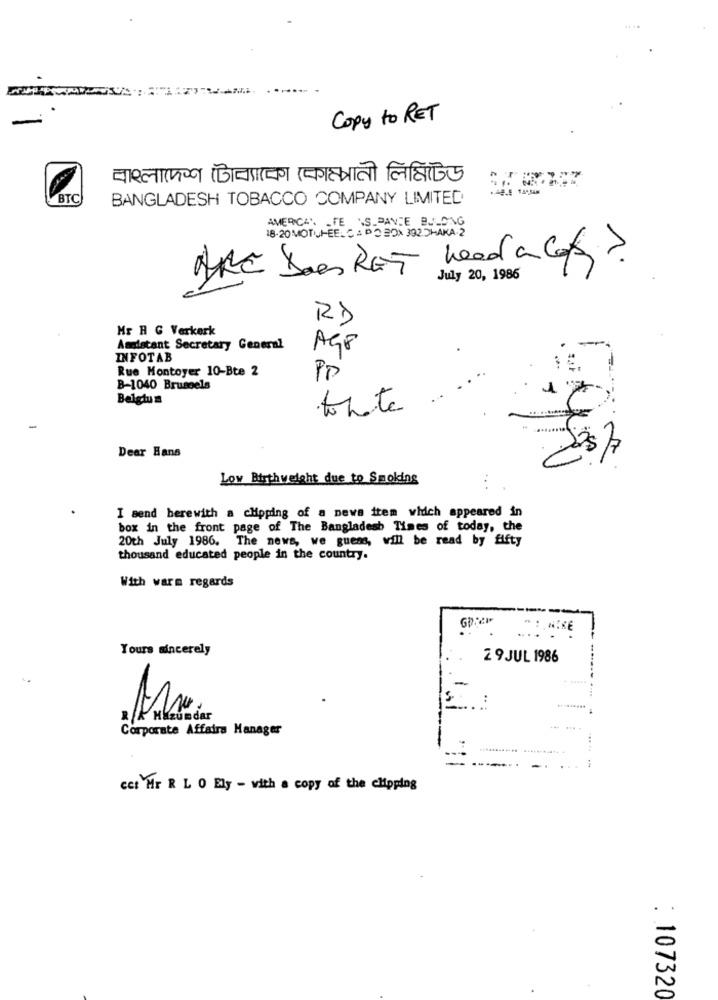
Copy to RET
बासलामन्न (जावारचण रक्कक्षवाली लिहिलेऊ
BTC
BANGLADESH TOBACCO COMPANY LIMITED
AMERICA: FE VS.PAVIE BULDING
18-20 MOTUFEELC = DO 20X 392.DHAKA-2
ARC Does RET head a los?
July 20, 1986
R$
Mr H G Verkerk
-
Amdistant Secretary General
AG8
INFOTAB
Rue Montoyer 10-Bte 2
PP
B-1040 Brussels
Belgium
to hate
Dear Hans
Low Birthweight due to Smoking
I send herewith a cHoping of a news item which appeared in
box in the front page of The Bangladesh Times of today, the
20th July 1986. The news, we guess, will be read by fifty
thousand educated people in the country.
With warm regards
....
Yours sincerely
2 9 JUL 1986
& Muzundar
Corporate Affairs Manager
Cet Hr R L O Ely - with a copy of the clipping
: 107320